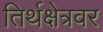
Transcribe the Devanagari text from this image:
तिर्थक्षेत्रवर